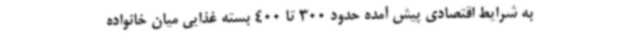
به شرایط اقتصادی پیش آمده حدود 300 تا 400 بسته غذایی میان خانواده